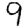
Digit: 9